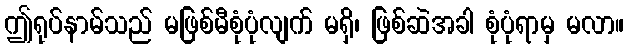
ဤရုပ်နာမ်သည် မဖြစ်မီစုံပုံလျက် မရှိ၊ ဖြစ်ဆဲအခါ စုံပုံရာမှ မလာ။